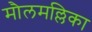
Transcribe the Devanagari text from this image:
मौलमल्लिका